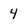
Character: 4